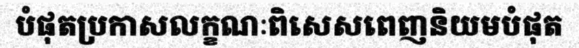
បំផុតប្រកាសលក្ខណៈពិសេសពេញនិយមបំផុត